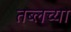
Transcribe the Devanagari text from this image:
तब्लच्या